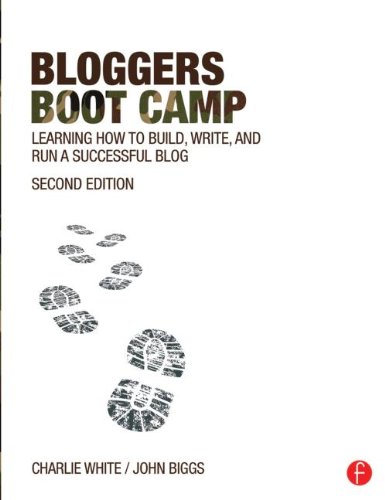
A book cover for Bloggers Boot Camp: Learning How to Build, Write, and Run a Successful Blog; Charlie White; Computers & Technology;